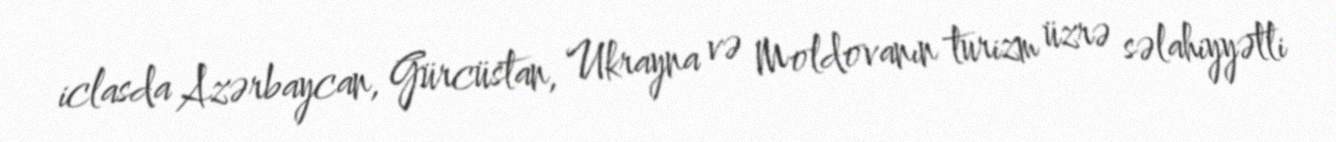
iclasda Azərbaycan, Gürcüstan, Ukrayna və Moldovanın turizm üzrə səlahiyyətli